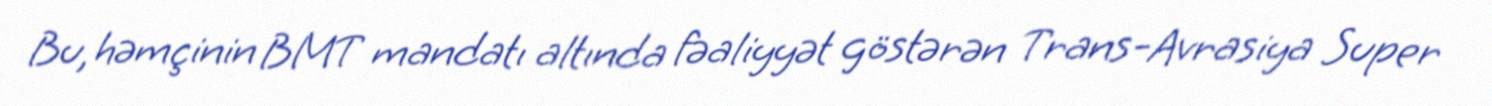
Bu, həmçinin BMT mandatı altında fəaliyyət göstərən Trans-Avrasiya Super